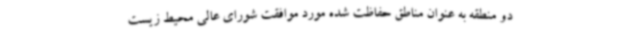
دو منطقه به عنوان مناطق حفاظت شده مورد موافقت شورای عالی محیط زیست